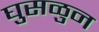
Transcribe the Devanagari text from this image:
घुसळुन